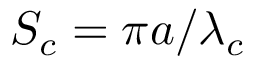
S _ { c } = \pi a / \lambda _ { c }